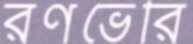
রণভেরি